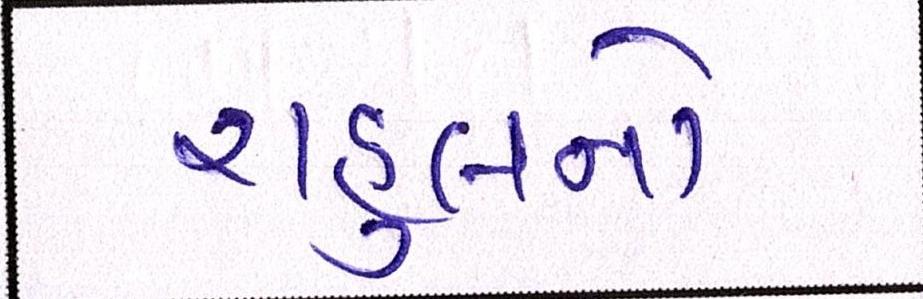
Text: રાહુલનો